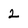
Character: 2